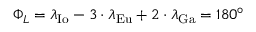
\Phi _ { L } = \lambda _ { \mathrm { { I o } } } - 3 \cdot \lambda _ { \mathrm { { E u } } } + 2 \cdot \lambda _ { \mathrm { { G a } } } = 1 8 0 ^ { \circ }